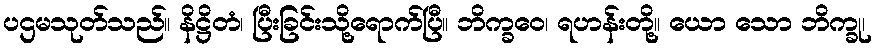
ပဌမသုတ်သည်။ နိဋ္ဌိတံ၊ ပြီးခြင်းသို့ရောက်ပြီ။ ဘိက္ခဝေ၊ ရဟန်းတို့။ ယော သော ဘိက္ခု၊